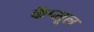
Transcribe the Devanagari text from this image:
कॅप्सूल